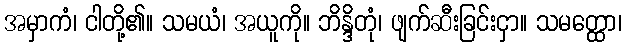
အမှာကံ၊ ငါတို့၏။ သမယံ၊ အယူကို။ ဘိန္ဒိတုံ၊ ဖျက်ဆီးခြင်းငှာ။ သမတ္ထော၊